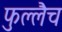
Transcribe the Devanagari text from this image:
फुल्लैच